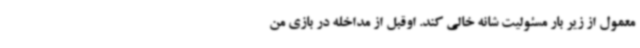
معمول از زیر بار مسئولیت شانه خالی کند. اوقبل از مداخله در بازی من